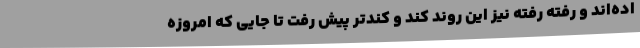
اده‌اند و رفته رفته نیز این روند کند و کندتر پیش رفت تا جایی که امروزه